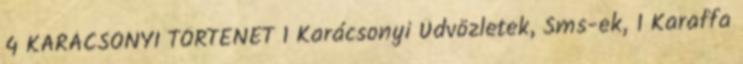
4 KARÁCSONYI TÖRTÉNET 1 Karácsonyi Üdvözletek, Sms-ek, 1 Karaffa